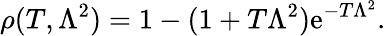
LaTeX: \rho(T,\Lambda^{2})=1-(1+T\Lambda^{2})\mathrm{e}^{-T\Lambda^{2}}.